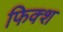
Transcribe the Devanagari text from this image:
फिक्श